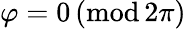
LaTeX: \varphi=0\, ({\textrm{mod}}\, 2\pi)